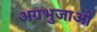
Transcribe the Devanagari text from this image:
अग्रभुजाओं